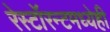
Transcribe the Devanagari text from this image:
रेस्टॉरन्टमध्येही